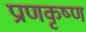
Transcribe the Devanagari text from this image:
प्राणकृष्ण